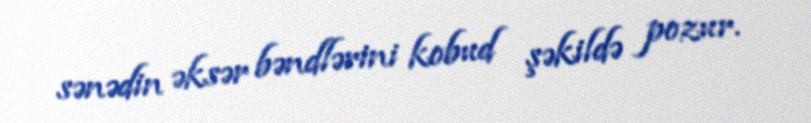
sənədin əksər bəndlərini kobud şəkildə pozur.